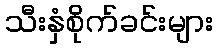
သီးနှံစိုက်ခင်းများ